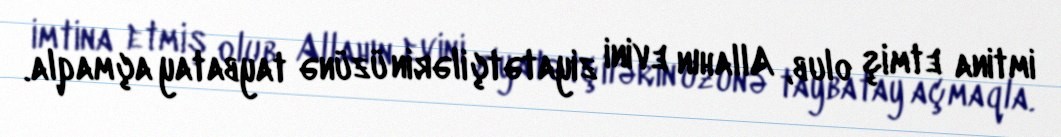
imtina etmiş olub, Allahın evini ziyatətçilərin üzünə taybatay açmaqla.